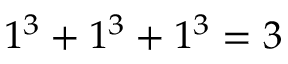
1 ^ { 3 } + 1 ^ { 3 } + 1 ^ { 3 } = 3